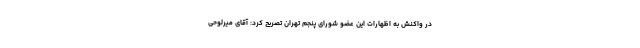
در واکنش به اظهارات این عضو شورای پنجم تهران تصریح کرد: آقای میرلوحی